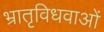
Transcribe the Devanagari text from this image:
भ्रातृविधवाओं